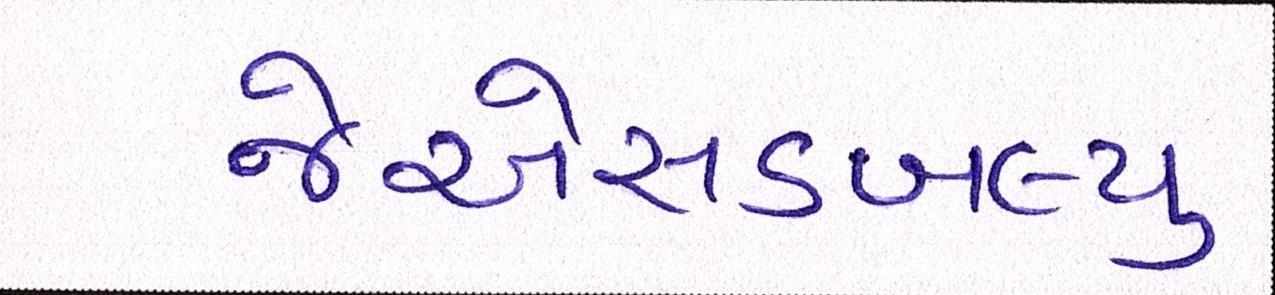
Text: જેએસડબલ્યુ